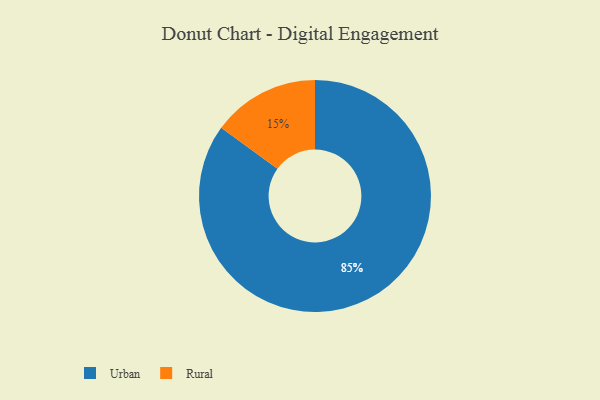
{"axis": {"x": "Category", "y": "Percentage"}, "legend": ["Rural", "Urban"], "data": [{"x": "Rural", "y": 15, "type": "Rural"}, {"x": "Urban", "y": 85, "type": "Urban"}]}